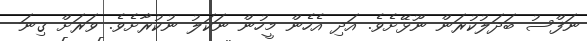
ނަފްސު ބަދަލުކުރަން ނޫޅޭށެވެ. އަދި އެހެން މީހުން ނަކަލު ނުކުރާށެވެ. ވަރަށް ގިނަ